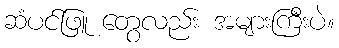
ဆံပင်ဖြူ တွေလည်း အများကြီးပဲ။